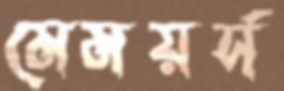
মেময়র্স